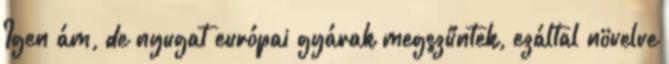
Igen ám, de nyugat európai gyárak megszűntek, ezáltal növelve